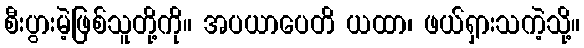
စီးပွားမဲ့ဖြစ်သူတို့ကို။ အပယာပေတိ ယထာ၊ ဖယ်ရှားသကဲ့သို့။